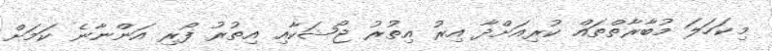
މިކަހަލަ މުބާރާތްތައް ކުރިއަށްދާ އިރު އިތުރު ޖޯޝަކާއި އިތުރު ފޯރި އަންނާނެ ކަމަށް